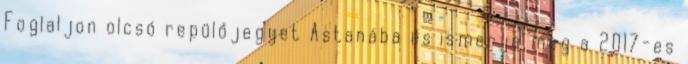
Foglaljon olcsó repülőjegyet Astanába és ismerje meg a 2017-es